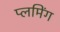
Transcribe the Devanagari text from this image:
प्लमिंग